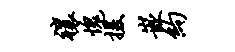
禳愧援嵌约